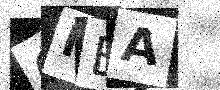
Text: OMBA